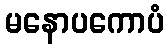
မနောပကောပံ